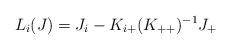
\begin{align*}L_{i}(J) = J_i - K_{i+} (K_{++})^{-1} J_{+}\end{align*}